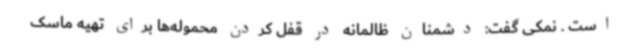
است . نمکی گفت: دشمنان ظالمانه در قفل کردن محموله‌ها برای تهیه ماسک